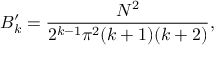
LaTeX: B _ { k } ^ { \prime } = { \frac { N ^ { 2 } } { 2 ^ { k - 1 } \pi ^ { 2 } ( k + 1 ) ( k + 2 ) } } ,